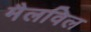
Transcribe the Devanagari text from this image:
मैलविल